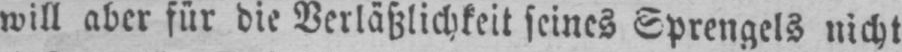
will aber für die Verläßlichkeit feines Sprengels nicht